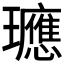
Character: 𭺓